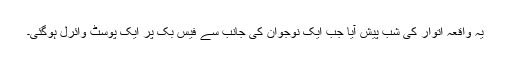
یہ واقعہ اتوار کی شب پیش آیا جب ایک نوجوان کی جانب سے فیس بک پر ایک پوسٹ وائرل ہوگئی۔